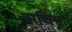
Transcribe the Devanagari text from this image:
बाघिया